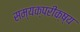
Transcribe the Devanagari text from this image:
सम्यक्परीक्ष्य